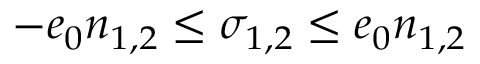
- e _ { 0 } n _ { 1 , 2 } \leq \sigma _ { 1 , 2 } \leq e _ { 0 } n _ { 1 , 2 }